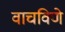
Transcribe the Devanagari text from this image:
वाचविणे